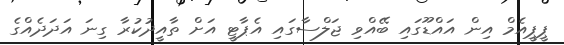
ޕީޕީއެމް އިން އައްޑޫގައި ބޭއްވި ޖަލްސާގައި އެޕާޓީ އަށް ތާއީދުކުރާ ގިނަ އަދަދެއްގެ